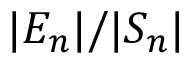
| E _ { n } | / | S _ { n } |